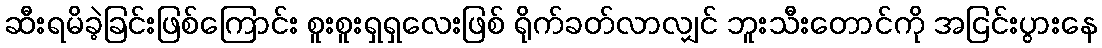
ဆီးရမိခဲ့ခြင်းဖြစ်ကြောင်း စူးစူးရှရှလေးဖြစ် ရိုက်ခတ်လာလျှင် ဘူးသီးတောင်ကို အငြင်းပွားနေ